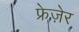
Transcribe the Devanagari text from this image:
फ्रेज़ेर